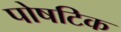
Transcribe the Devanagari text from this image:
पोषटिक